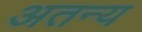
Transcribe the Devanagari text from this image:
अतन्य